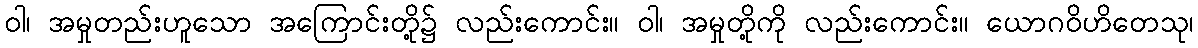
ဝါ၊ အမှုတည်းဟူသော အကြောင်းတို့၌ လည်းကောင်း။ ဝါ၊ အမှုတို့ကို လည်းကောင်း။ ယောဂဝိဟိတေသု၊